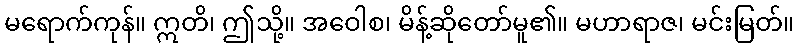
မရောက်ကုန်။ ဣတိ၊ ဤသို့။ အဝေါစ၊ မိန့်ဆိုတော်မူ၏။ မဟာရာဇ၊ မင်းမြတ်။